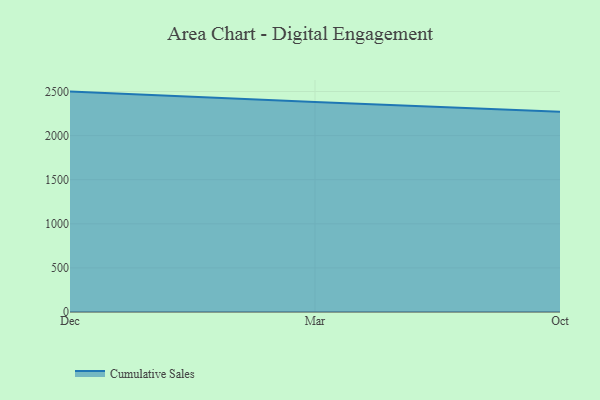
{"axis": {"x": "Month", "y": "Backlog"}, "legend": ["Cumulative Sales"], "data": [{"x": "Dec", "y": 2498.9, "type": "Cumulative Sales"}, {"x": "Mar", "y": 2379.8, "type": "Cumulative Sales"}, {"x": "Oct", "y": 2270.8, "type": "Cumulative Sales"}]}